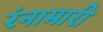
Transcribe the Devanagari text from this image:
रंनामारी